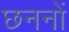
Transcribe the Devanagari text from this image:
छननों